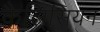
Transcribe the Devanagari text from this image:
कैल्रिसियन